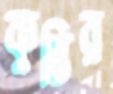
কুন্তির